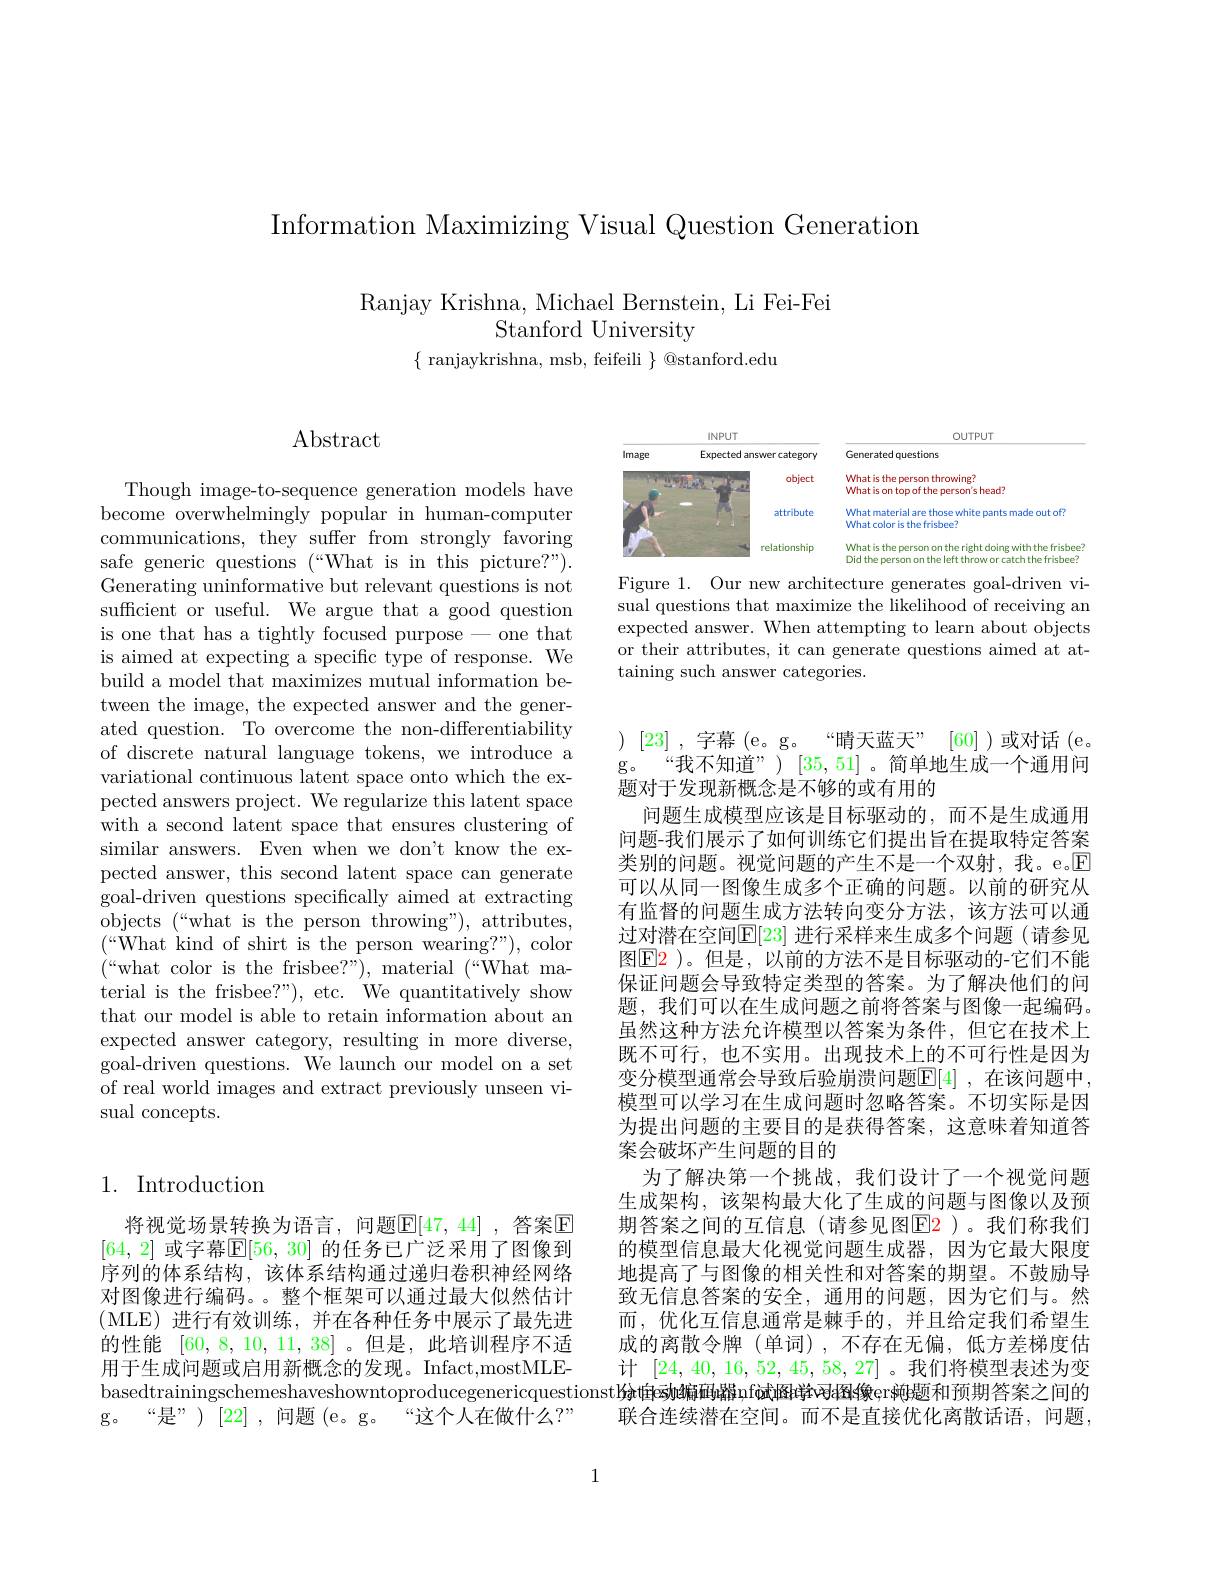
Information Maximizing Visual Question Generation

Ranjay Krishna, Michael Bernstein, Li Fei-Fei
Stanford University

$\{$ ranjaykrishna, msb, feifeili $\}$ @stanford.edu

# $\operatorname{Abstract}$

Though image-to-sequence generation models have become overwhelmingly popular in human-computer communications, they suffer from strongly favoring safe generic questions (“What is in this picture?”). Generating uninformative but relevant questions is not sufficient or useful. We argue that a good question is one that has a tightly focused purpose - one that is aimed at expecting a specific type of response. We build a model that maximizes mutual information between the image, the expected answer and the generated question. To overcome the non-differentiability of discrete natural language tokens, we introduce a variational continuous latent space onto which the expected answers project. We regularize this latent space with a second latent space that ensures clustering of similar answers. Even when we don't know the expected answer, this second latent space can generate goal-driven questions specifically aimed at extracting objects (“what is the person throwing"), attributes, terial is the frisbee?"), etc. We quantitatively show that our model is able to retain information about an expected answer category, resulting in more diverse, goal-driven questions. We launch our model on a set of real world images and extract previously unseen visual concepts.

## 1. Introduction

将视觉场景转换为语言，问题$\overline{\mathbb{E}}[47,44]$ ,答案$\boxed{\mathbb{E}}$ [64,2] 或字幕$\mathbb{E}[56,30]$ 的任务已广泛采用了图像到序列的体系结构，该体系结构通过递归卷积神经网络对图像进行编码。。整个框架可以通过最大似然估计(MLE)进行有效训练，并在各种任务中展示了最先进的性能[60,8,10,11,38] 。但是，此培训程序不适用于生成问题或启用新概念的发现。Infact,mostMLEg。“是”)[22],问题(e。g。“这个人在做什么？”

<FigureHere>
Figure 1. Our new architecture generates goal-driven vi-

sual questions that maximize the likelihood of receiving an expected answer. When attempting to learn about objects or their attributes, it can generate questions aimed at attaining such answer categories.

) [23],字幕( e。g。
“晴天蓝天” [60] )或对话(e。
“我不知道”)[35,51]。简单地生成一个通用问
$g$。
题对于发现新概念是不够的或有用的
问题生成模型应该是目标驱动的，而不是生成通用问题-我们展示了如何训练它们提出旨在提取特定答案类别的问题。视觉问题的产生不是一个双射，我。e。E 可以从同一图像生成多个正确的问题。以前的研究从有监督的问题生成方法转向变分方法，该方法可以通过对潜在空间$\mathbb{E}[23]$ 进行采样来生成多个问题(请参见图$\operatorname{E2}$ )。但是，以前的方法不是目标驱动的-它们不能保证问题会导致特定类型的答案。为了解决他们的问题，我们可以在生成问题之前将答案与图像一起编码。虽然这种方法允许模型以答案为条件，但它在技术上既不可行，也不实用。出现技术上的不可行性是因为变分模型通常会导致后验崩溃问题$\mathbb{E}[4]$ ,在该问题中， 模型可以学习在生成问题时忽略答案。不切实际是因为提出问题的主要目的是获得答案，这意味着知道答案会破坏产生问题的目的
为了解决第一个挑战，我们设计了一个视觉问题生成架构，该架构最大化了生成的问题与图像以及预期答案之间的互信息(请参见图E2)。我们称我们的模型信息最大化视觉问题生成器，因为它最大限度地提高了与图像的相关性和对答案的期望。不鼓励导致无信息答案的安全，通用的问题，因为它们与。然而，优化互信息通常是棘手的，并且给定我们希望生成的离散令牌(单词),不存在无偏，低方差梯度估计[24,40,16,52,45,58,27] 。我们将模型表述为变
basedtrainingschemeshaveshowntoproducegenericquestionst$l$分由动编画器nfai图r游习z图s像ers的题和预期答案之间的
联合连续潜在空间。而不是直接优化离散话语，问题，

1